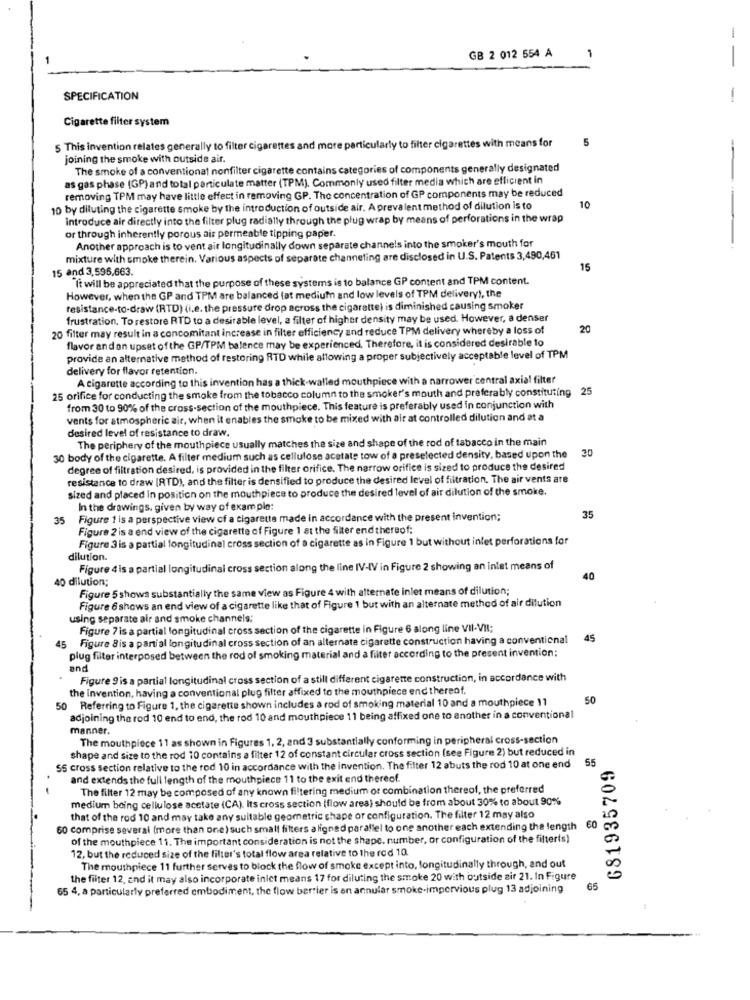
GB 2 012 554 A
1
--
SPECIFICATION
-
Cigarette filter system
5
5 This invention relates generally to filter cigarettes and more particularly to filter cigarettes with means for
joining the smoke with outside air.
The smoke of a conventional nonfilter cigarette contains categories of components generally designated
as gas phase (GP) and total particulate matter (TPM), Commonly used filter media which are efficient in
removing TPM may have little effect in removing GP. The concentration of GP components may be reduced
10 by diluting the cigarette smoke by the introduction of outside air. A prevalent method of dilution is to
10
introduce air directly into the filter plug radially through the plug wrap by means of perforations in the wrap
or through inherently porous air permeable tipping paper.
Another approach is to vent air longitudinally down separate channels into the smoker's mouth for
--.
mixture with smoke therein. Various aspects of separate channeling are disclosed in U.S. Patents 3,490,461
15 and 3,596,663.
15
It will be appreciated that the purpose of these systems is to balance GP content and TPM content.
However, when the GP and TPM are balanced (at medium and low levels of TPM delivery), the
resistance-to-draw (RTD) (i.e. the pressure drop across the cigarette) is diminished causing smoker
frustration. To restore RTD to a desirable level, a filter of higher density may be used. However, a denser
20 filter may result in a concomitant increase in filter efficiency and reduce TPM delivery whereby a loss of
20
flavor and an upset of the GP/TPM balence may be experienced, Therefore, it is considered desirable to
provide an alternative method of restoring RTD while allowing a proper subjectively acceptable level of TPM
delivery for flavor retention.
A cigarette according to this invention has a thick-walled mouthpiece with a narrower central axial filter
25 orifice for conducting the smoke from the tobacco column to the smoker's mouth and preferably constituting 25
from 30 to 90% of the cross-section of the mouthpiece. This feature is preferably used in conjunction with
vents for atmospheric air, when it enables the smoke to be mixed with air at controlled dilution and at a
desired level of resistance to draw.
The periphery of the mouthpiece usually matches the size and shape of the rod of tabacco in the main
20
30 body of the cigarette. A filter medium such as cellulose acetate tow of a preselected density, based upon the
degree of filtration desired, is provided in the filter orifice, The narrow orifice is sized to produce the desired
resistance to draw (RTD), and the filter is densified to produce the desired level of filtration. The air vents are
sized and placed in position on the mouthpiece to produce the desired level of air dilution of the smoke.
In the drawings, given by way of example:
35 Figure 1 is a perspective view of a cigarette made in accordance with the present invention;
35
Figure 2 is a end view of the cigarette of Figure 1 at the filter end thereof:
Figure 3 is a partial longitudinal cross section of a cigarette as in Figure 1 but without inlet perforations for
dilution.
Figure 4 is a partial longitudinal cross section along the line IV-IV in Figure 2 showing an inlet means of
40 dilution;
40
Figure 5 shows substantially the same view as Figure 4 with alternate inlet means of dilution;
Figure 6 shows an end view of a cigarette like that of Figure 1 but with an alternate method of air dilution
using separate air and smoke channels;
Figure 7 is a partial longitudinal cross section of the cigarette in Figure 6 along line VII-VII;
Figure 8is a partial longitudinal cross section of an alternate cigarette construction having a conventional
45
45
plug filter interposed between the rod of smoking material and a filter according to the present invention;
and
Figure 9 is a partial longitudinal cross section of a still different cigarette construction, in accordance with
the Invention, having a conventional plug filter affixed to the mouthpiece end thereof.
50 Referring to Figure 1, the cigarette shown includes a rod of smoking material 10 and a mouthpiece 11
50
adjoining the rod 10 end to end, the rod 10 and mouthpiece 11 being affixed one to another in a conventional
manner.
The mouthpiece 11 as shown in Figures 1, 2, and 3 substantially conforming in peripheral cross-section
shape and size to the rod 10 contains a filter 12 of constant circular cross section (see Figure 2) but reduced in
681935709
SS cross section relative to the rod 10 in accordance with the invention. The filter 12 abuts the rod 10 at one end 55
and extends the full length of the mouthpiece 11 to the exit end thereof.
The filter 12 may be composed of any known filtering medium or combination thereof, the preferred
medium being cellulose acetate (CA). Its cross section (flow area) should be from about 30% to about 90%
that of the red 10 and may take any suitable geometric chape or configuration. The filter 12 may also
60 comprise several (more than one) such small filters aligned parallel to one another each extending the length
60
of the mouthpiece 11. The important consideration is not the shape. number, or configuration of the filter(s)
12, but the reduced size of the filter's total flow area relative to the rod 10
The mouthpiece 11 further serves to block the flow of smoke except into, longitudinally through, and out
the filter 12, and it may also incorporate inlet means 17 for diluting the smoke 20 with outside air 21. In Figure
65 4, a particularly preferred embodiment, the flow barrier is en annular smoke-impervious plug 13 adjoining
65